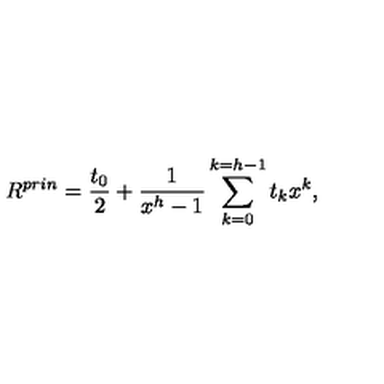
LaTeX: R ^ { p r i n } = \frac { t _ { 0 } } { 2 } + \frac { 1 } { x ^ { h } - 1 } \sum _ { k = 0 } ^ { k = h - 1 } t _ { k } x ^ { k } ,